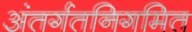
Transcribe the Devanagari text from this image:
अंतर्गतनिगमित